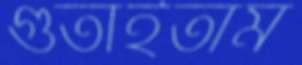
গুঁতাইতাম